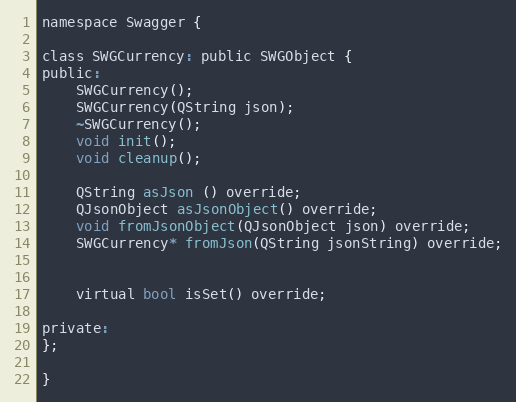
Language: C
namespace Swagger {

class SWGCurrency: public SWGObject {
public:
    SWGCurrency();
    SWGCurrency(QString json);
    ~SWGCurrency();
    void init();
    void cleanup();

    QString asJson () override;
    QJsonObject asJsonObject() override;
    void fromJsonObject(QJsonObject json) override;
    SWGCurrency* fromJson(QString jsonString) override;

    virtual bool isSet() override;

private:
};

}